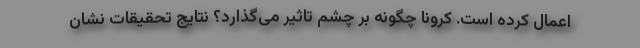
اعمال کرده است. کرونا چگونه بر چشم تاثیر می‌گذارد؟ نتایج تحقیقات نشان